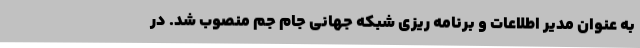
به عنوان مدیر اطلاعات و برنامه ریزی شبکه جهانی جام جم منصوب شد. در